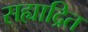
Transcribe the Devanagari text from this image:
सह्याद्रित